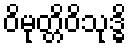
ဝိမုတ္တိဝိသုဒ္ဓိ